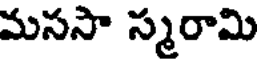
మససా స్మరామి